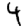
Digit: 4